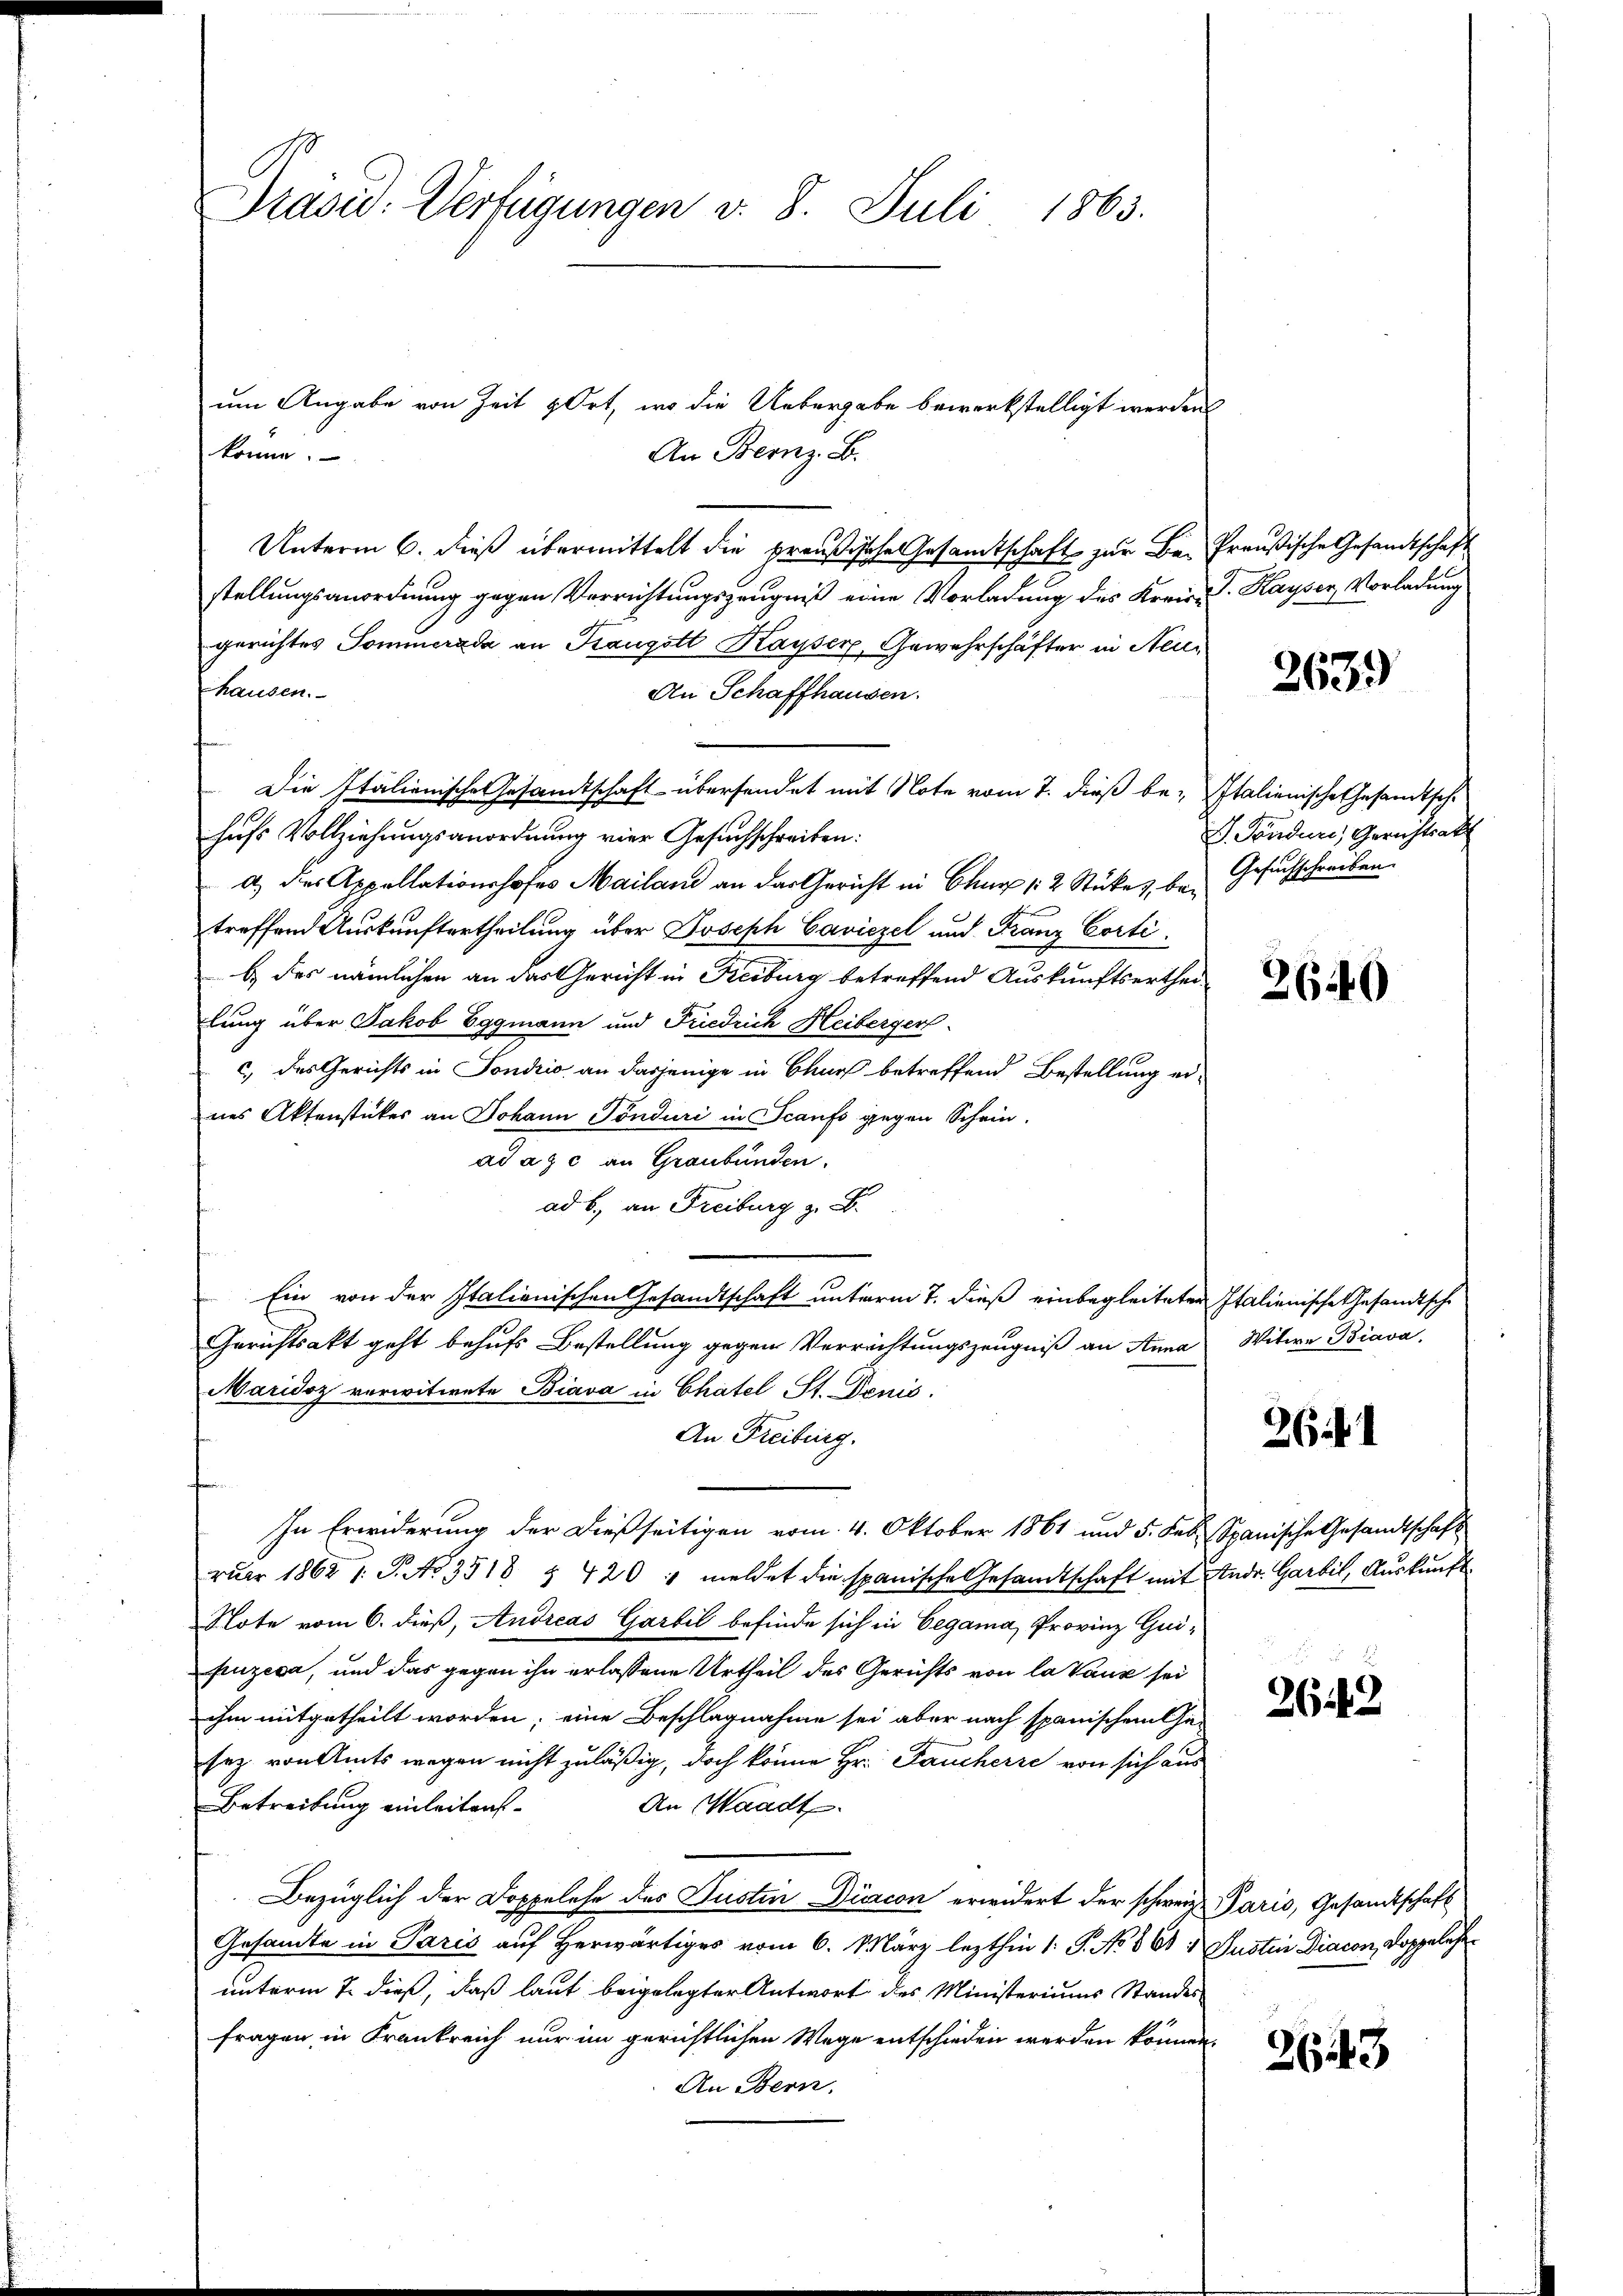
Präsid: Verfügungen v. 8. Juli 1863.

um Angabe von Zeit & Ort, wo die Uebergabe bewerkstelligt werden
könne.
An Bernz. B.

Unterm 6. dieß übermittelt die preußische Gesamtschaft zur Be- Preußische Gesandtschaft
stellungsanordnung gegen Verrichtungszeugniß eine Vorladung des Kreis-S. Kayser, Vorladung
gerichtes Sommerada an Kaugott Kayser, Gewahrschäfter in Neuen
hausen.
An Schaffhausen.
Die Italienische Gesamtschaft übersendet mit Note vom 7. dieß be- Italienische Gesamtschhŭfs Vollziehŭngsanordnŭng vier Gesuchschreiben:
a) des Appellationshofes Mailand an der Gericht in Chur 12 Stükes, bei Gesuchschreiben
treffend Auskunftertheilung über Joseph Caviezel und Franz Cortib.) des nämlichen an das Gericht in Freiburg betreffend Auskunftsertheilung über Jakob Eggmann und Friedrich Heiberger
c.) des Gerichts in Fondrio an dasjenige in Chur betreffend Bestellung ernes Aktenstückes an Johann Tönduri in Scaufs gegen Schein.
ad a. c. an Graubünden.
ad b., an Freiburg z. B.
Ein von der Italienischen Gesandtschaft unterm 7. dieß einbegleiteter Italienische Gesandtsche
Gerichtsakt geht behufs Bestellung gegen Verrichtungszeugniß an Anna Witwe Biava,
Maridoz verwitwete Biava in Chatel St. Denis
An Freiburg.
In Erwiderung der dießseitigen vom 4. Oktober 1861 und 5. Feb. Spanische Gesandtschaft
ruar 1862 s. S. No. 3518 § 420 " meldet die spanische Gesandtschaft mit Andr. Garbil, Auskunft¬
Note vom 6. dieß, Andreas Garbil befinde sich in Gegama, Provinz Guipuzeca, und das gegen ihn erlassene Urtheil des Gerichts von la Vauz sei
ihm mitgetheilt worden; eine Beschlagnahme sei aber nach spanischen Ge-
sez von Amts wegen nicht zuläßig, doch könne Hr. Feucherre von sich aus
Betreitung einleitens
An Waadt.
Bezüglich der Doppelehe des Justin Diacon erwidert der schweiz. Paris, Gesandtschaft
Gesamte in Paris auf Herwärtiges vom 6. März lezthin 1 S. No. 861 1 Justin Diacon Doppelese
unterm 7. dieß, daß laut beigelegter Antwort des Ministeriums Standes
fragen in Frankreich nur im gerichtlichen Wege entschieden werden können.
An Bern,

2639

J. Tönduri, Gerichtsat

2640

2641

2642

2643